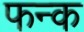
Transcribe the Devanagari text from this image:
फन्क